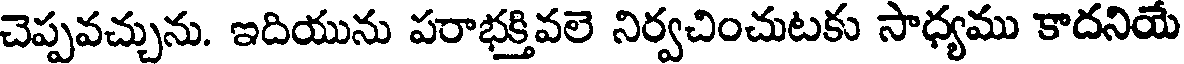
చెప్పవచ్చును. ఇదియును పరాభక్తివలె నిర్వచించుటకు సాధ్యము కాదనియే